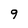
Character: 9